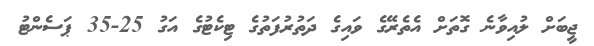
ޖީބަށް ލުއިވާނެ ގޮތަށް އެތެރޭގެ ވައިގެ ދަތުރުފަތުގެ ޓިކެޓުގެ އަގު 25-35 ޕަސެންޓު